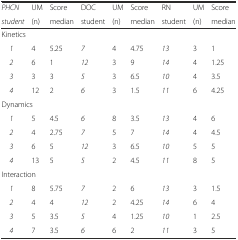
<table><thead><tr><td><b><i>PHCN</i></b></td><td><b>UM</b></td><td><b>Score</b></td><td><b>DOC</b></td><td><b>UM</b></td><td><b>Score</b></td><td><b>RN</b></td><td><b>UM</b></td><td><b>Score</b></td></tr><tr><td><b><i>student</i></b></td><td><b>(n)</b></td><td><b>median</b></td><td><b>student</b></td><td><b>(n)</b></td><td><b>median</b></td><td><b>student</b></td><td><b>(n)</b></td><td><b>median</b></td></tr></thead><tbody><tr><td colspan="9">Kinetics</td></tr><tr><td><i> 1</i></td><td>4</td><td>5.25</td><td><i>7</i></td><td>4</td><td>4.75</td><td><i>13</i></td><td>3</td><td>1</td></tr><tr><td><i> 2</i></td><td>6</td><td>1</td><td><i>12</i></td><td>3</td><td>9</td><td><i>14</i></td><td>4</td><td>1.25</td></tr><tr><td><i> 3</i></td><td>3</td><td>3</td><td><i>5</i></td><td>3</td><td>6.5</td><td><i>10</i></td><td>4</td><td>3.5</td></tr><tr><td><i> 4</i></td><td>12</td><td>2</td><td><i>6</i></td><td>3</td><td>1.5</td><td><i>11</i></td><td>6</td><td>4.25</td></tr><tr><td colspan="9">Dynamics</td></tr><tr><td><i> 1</i></td><td>5</td><td>4.5</td><td><i>6</i></td><td>8</td><td>3.5</td><td><i>13</i></td><td>4</td><td>6</td></tr><tr><td><i> 2</i></td><td>4</td><td>2.75</td><td><i>7</i></td><td>5</td><td>7</td><td><i>14</i></td><td>4</td><td>4.5</td></tr><tr><td><i> 3</i></td><td>6</td><td>5</td><td><i>12</i></td><td>3</td><td>6.5</td><td><i>10</i></td><td>5</td><td>5</td></tr><tr><td><i> 4</i></td><td>13</td><td>5</td><td><i>5</i></td><td>2</td><td>4.5</td><td><i>11</i></td><td>8</td><td>5</td></tr><tr><td colspan="9">Interaction</td></tr><tr><td><i> 1</i></td><td>8</td><td>5.75</td><td><i>7</i></td><td>2</td><td>6</td><td><i>13</i></td><td>3</td><td>1.5</td></tr><tr><td><i> 2</i></td><td>4</td><td>4</td><td><i>12</i></td><td>2</td><td>4.25</td><td><i>14</i></td><td>6</td><td>4</td></tr><tr><td><i> 3</i></td><td>5</td><td>3.5</td><td><i>5</i></td><td>4</td><td>1.25</td><td><i>10</i></td><td>1</td><td>2.5</td></tr><tr><td><i> 4</i></td><td>7</td><td>3.5</td><td><i>6</i></td><td>6</td><td>2</td><td><i>11</i></td><td>3</td><td>5</td></tr></tbody></table>